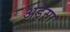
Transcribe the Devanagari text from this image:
अडुसा